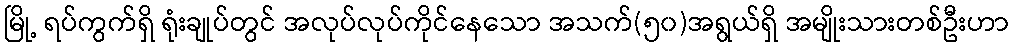
မြို့ ရပ်ကွက်ရှိ ရုံးချုပ်တွင် အလုပ်လုပ်ကိုင်နေသော အသက်(၅၀)အရွယ်ရှိ အမျိုးသားတစ်ဦးဟာ